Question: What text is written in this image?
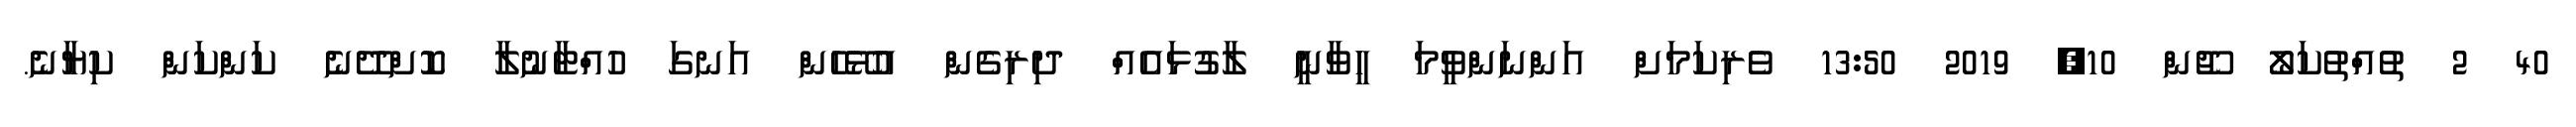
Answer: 40 2 ތުއްތުކަލޯ ޖޫން 10, 2019 13:50 ވެރިކަމަށް އަންނަންވީމަ ހީވާނީ ލާގުޅައެއް ދިރިގެން އުޅޭހެން އަނގަ ހުއްޓާނުލާ ކޮށްދޭނެ ކަންކަން ކިޔާނެ.